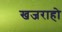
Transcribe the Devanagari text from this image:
खजराहो